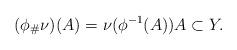
LaTeX: \begin{align*}(\phi_{\#}\nu)(A)=\nu(\phi^{-1}(A)) A\subset Y. \end{align*}